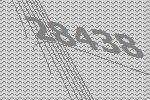
28438